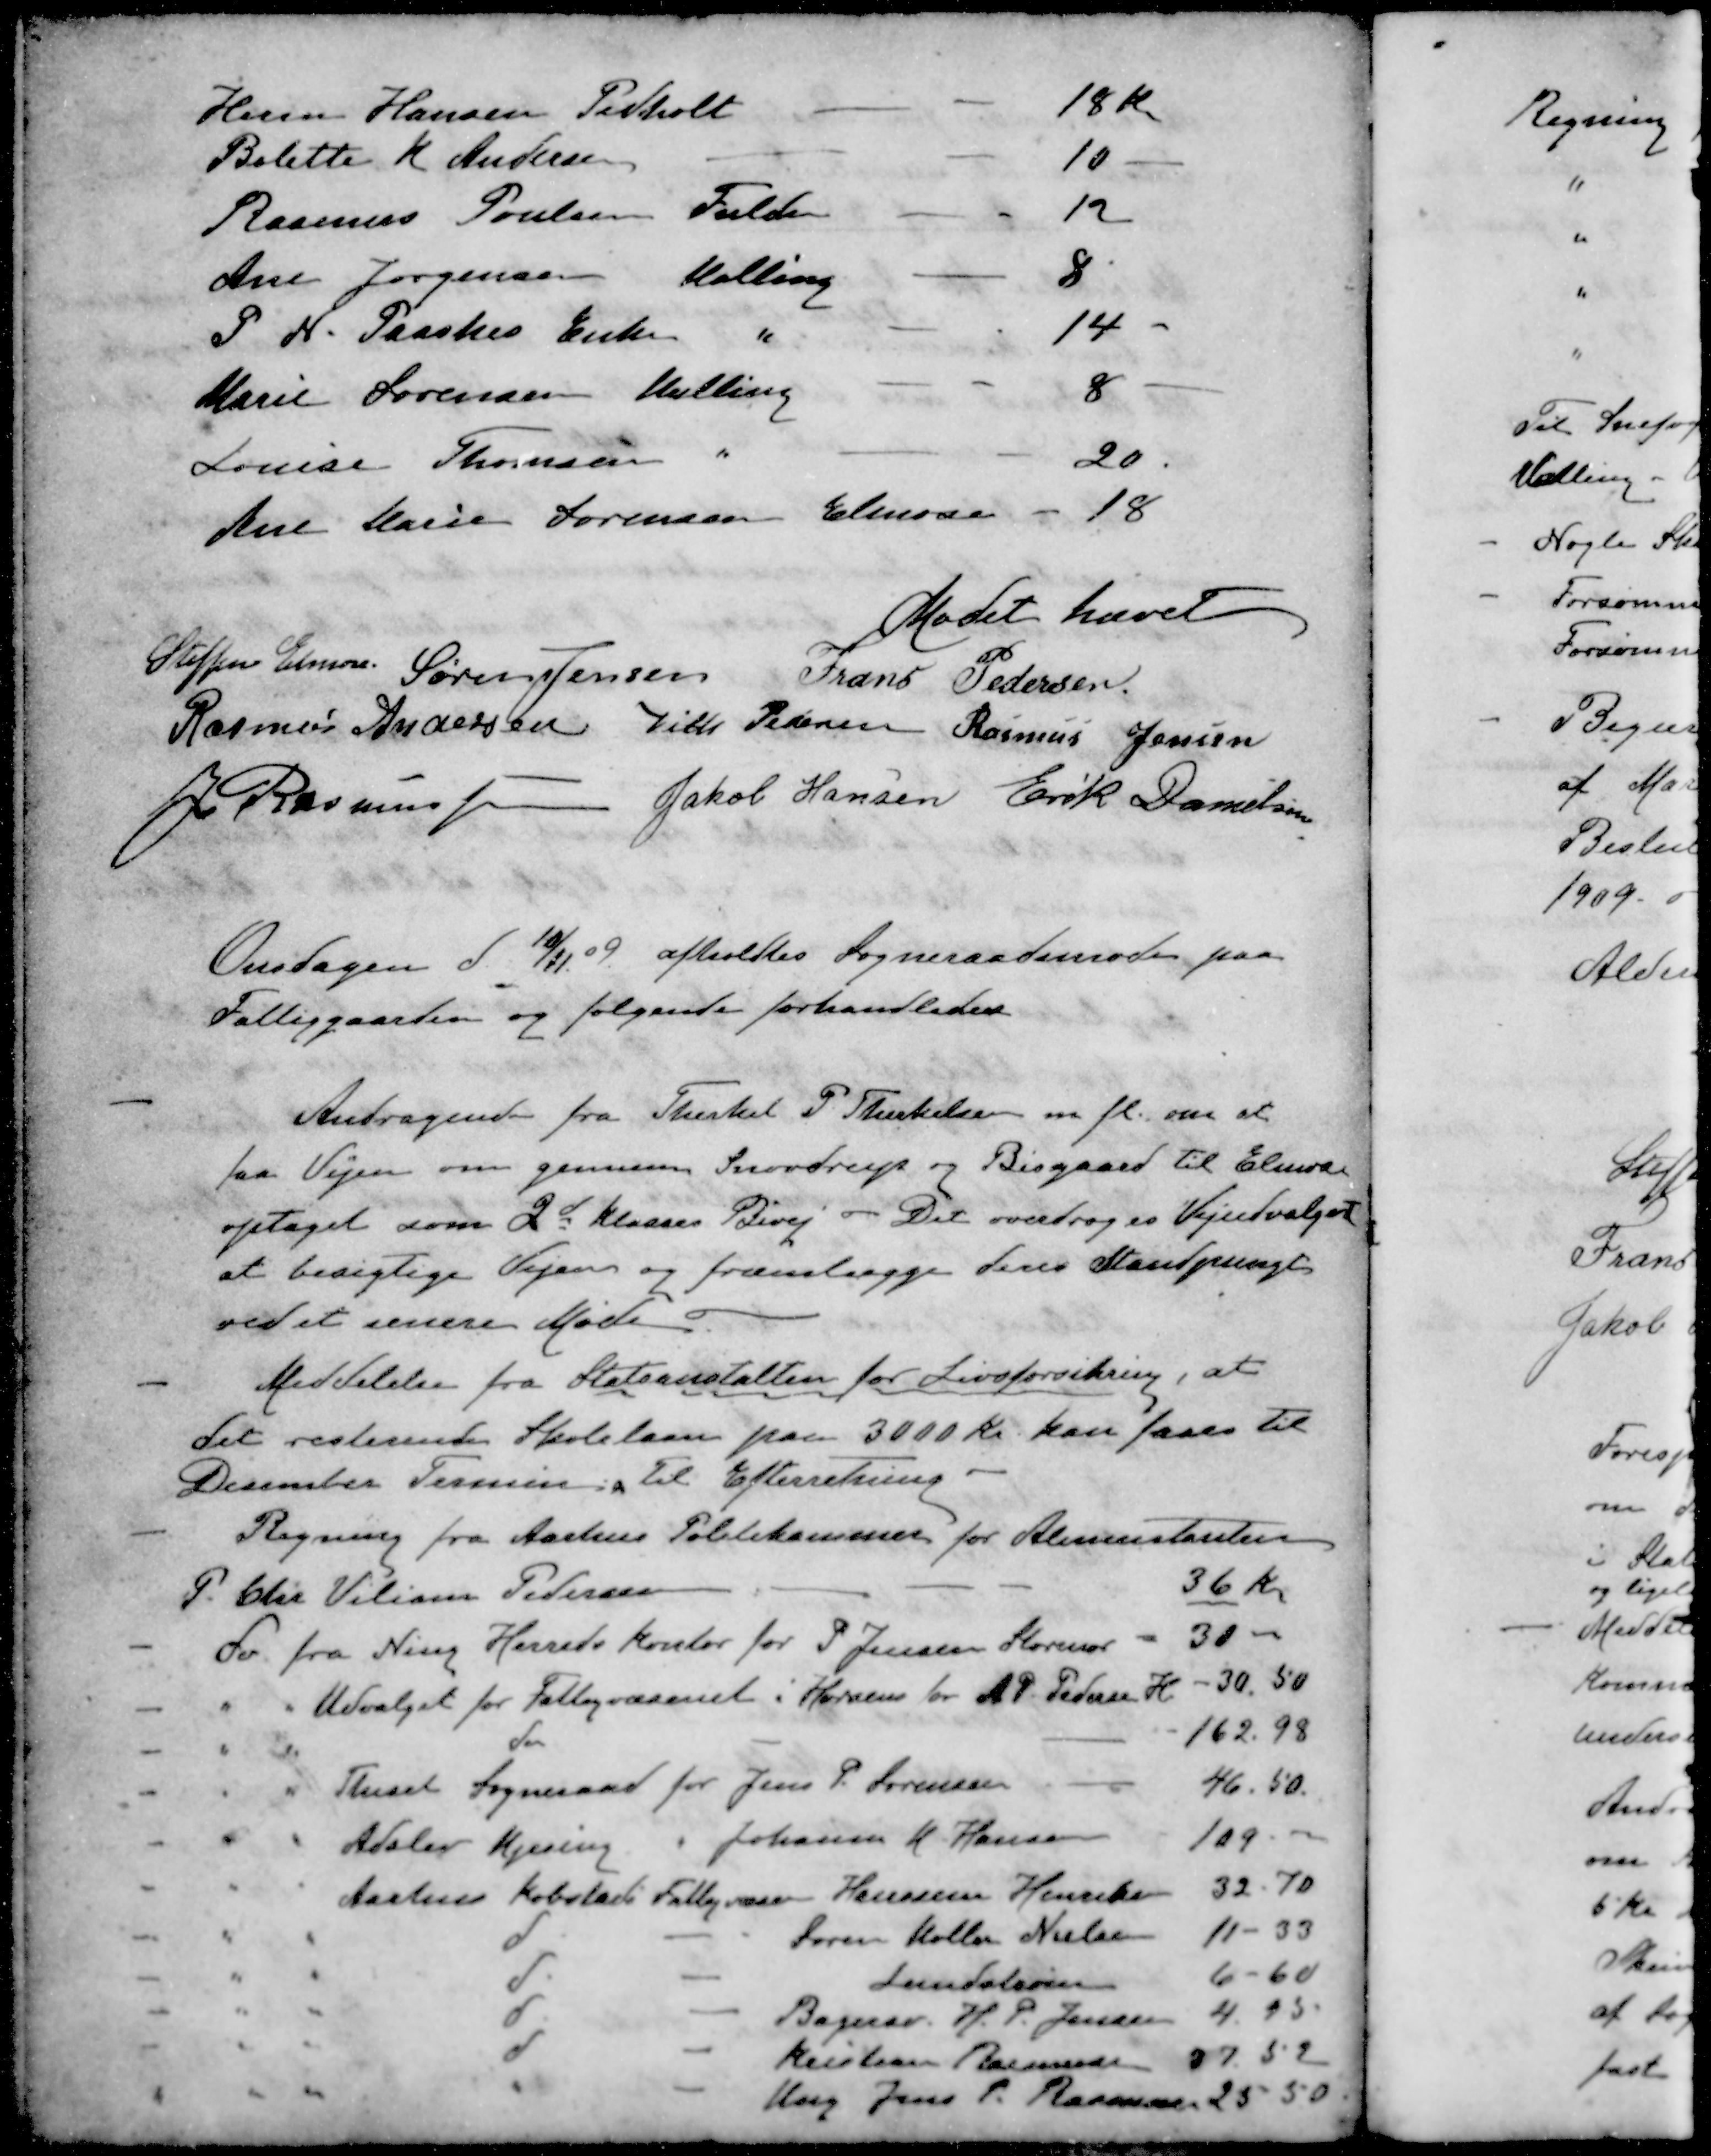
Transskription:
Husm Hansen Pedholt
18 Kr.
Bolette K. Andersen
10
Rasmus Poulsen Fulden
12
Ane Jørgensen Malling
8
P. H. Paaskes Enke 10
14
Marie Sørensen Malling
8
Louise Thorussen "
20
Ane Marie Sørensen Elmose
18
Mødet hævet
Steffen Elmose
Søren Jensen
Frans Pedersen
Rasmus Andersen
Niels Pedersen
Rasmus Jensen
J Rasmussen
Jakob Hansen
Erik Danielsen
Onsdagen d. 10/11 09 afholdtes Sogneraadsmøde paa
Fattiggaarden og følgende forhandledes
- Andragende fra Therkel P. Therkelsen m. fl. om at
faa Vejen om gennem Snovdrup og Bisgaard til Elmose
optaget som 2d Klasses Bivej. - Det overdroges Vejudvalget
at besigtige Vejen og fremlægge deres Standpungt
ved et senere Møde
- Meddelelse fra Statsanstalten for Livsforsikring, at
det resterende Skolelaan paa 3000 Kr. kan faaes til
December Termin. Til Efterretning.
- Regning fra Aarhus Politikammer for Alimentanten
P. Chr. Viliam Pedersen
36 Kr.
- do fra Ning Herreds kontor for P. Jensen Storenor
30 -
- " " Udvalget for Fattigvæsenet i Horsens for A P Pedersen K
30.50
- " " do
162.98
- " " Thiset Sogneraad for Jens P. Sørensen
46.50.
- " " Adslev Mjesing Johanne K Hansen
109-
- " " Aarhus Købstads Fattigvæsen Hanssine Henriksen
32.70
- " " d - Søren Møller Nielsen
11-33
- " " d - Lundalsen
6-60
- " " d - Bagersv. H. P. Jensen
4.85
- " " d - Kristian Rasmussen
37 52
- " " d - Ung Jens P. Rasmussen
25,50